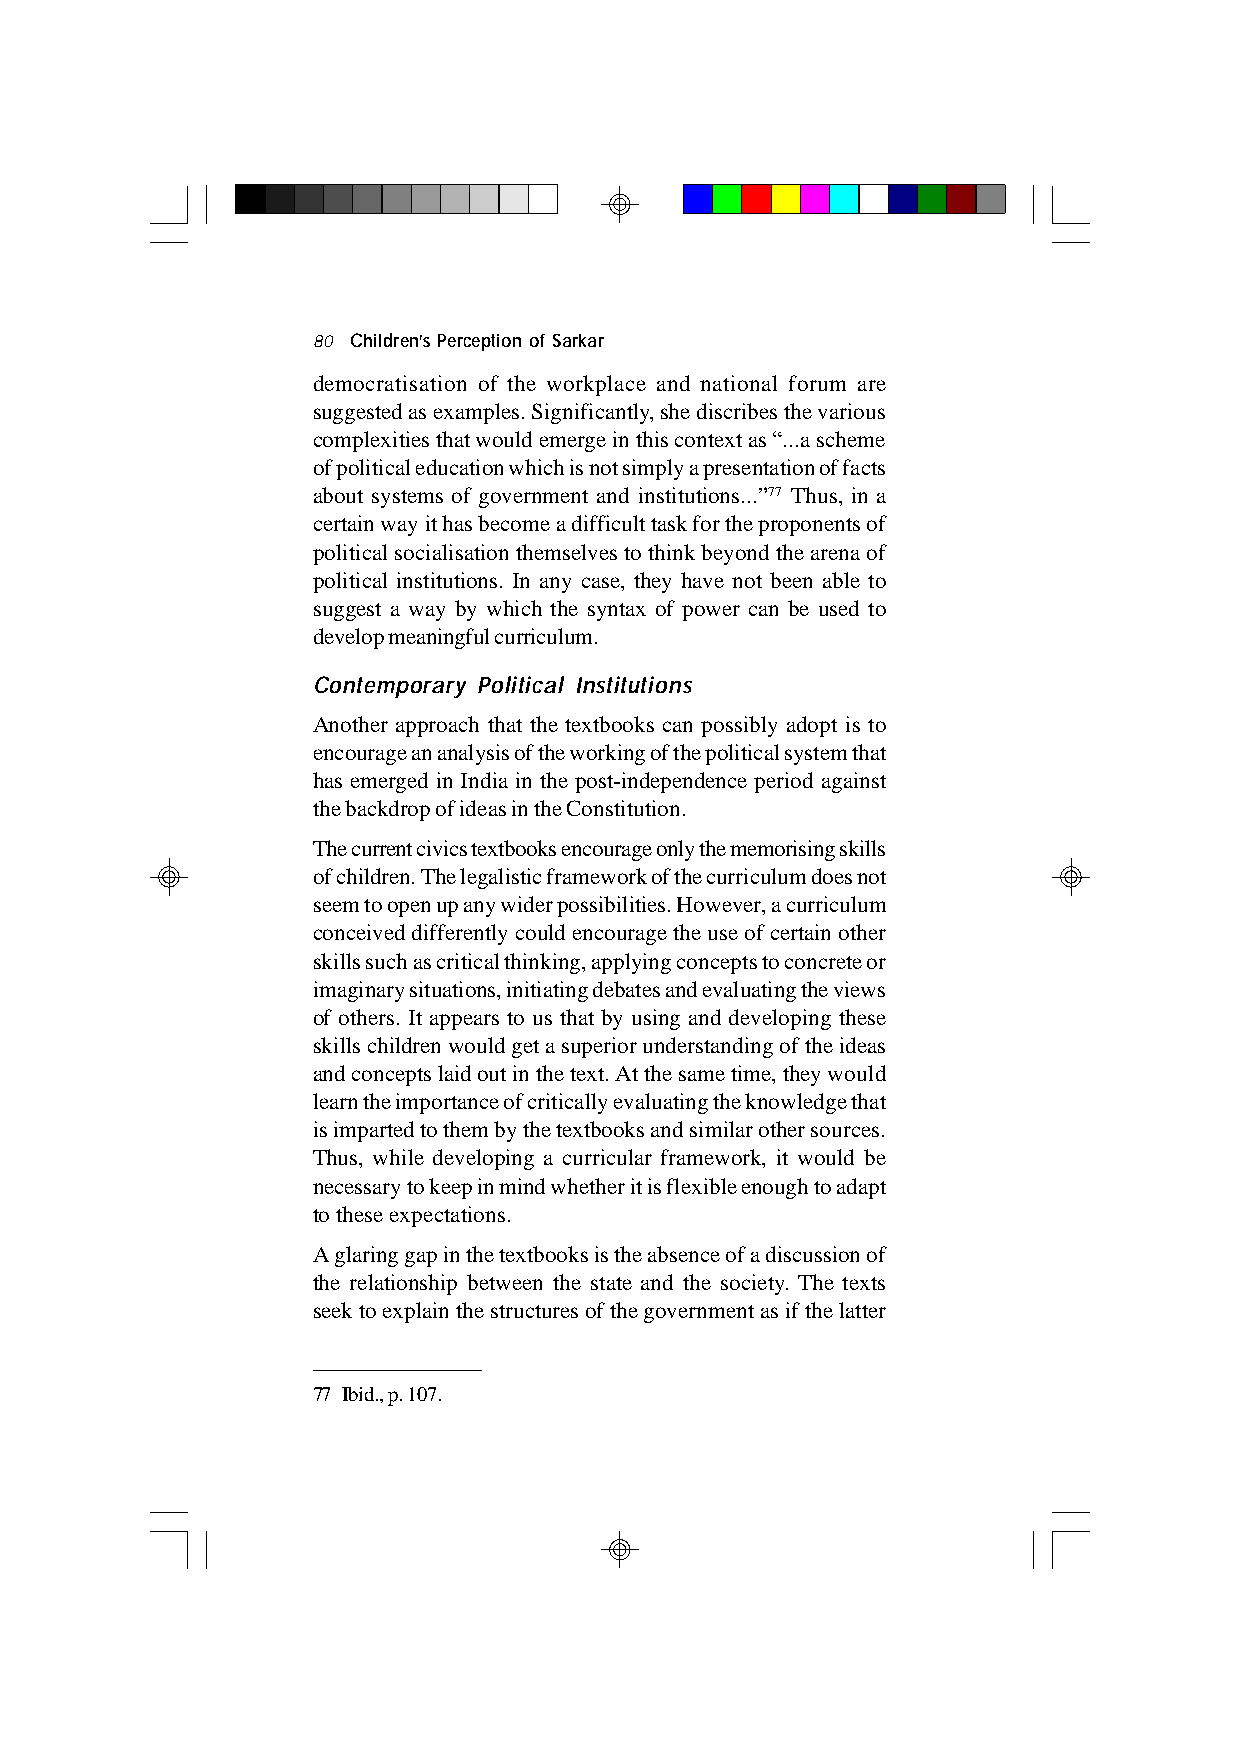
80 Children’s Perception of Sarkar
 democratisation of the workplace and national forum are
 suggested as examples. Significantly, she discribes the various
 complexities that would emerge in this context as “...a scheme
 of political education which is not simply a presentation of facts
 about systems of government and institutions...”77 Thus, in a
 certain way it has become a difficult task for the proponents of
 political socialisation themselves to think beyond the arena of
 political institutions. In any case, they have not been able to
 suggest a way by which the syntax of power can be used to
 develop meaningful curriculum.
 Contemporary Political Institutions
 Another approach that the textbooks can possibly adopt is to
 encourage an analysis of the working of the political system that
 has emerged in India in the post-independence period against
 the backdrop of ideas in the Constitution.
 The current civics textbooks encourage only the memorising skills
 of children. The legalistic framework of the curriculum does not
 seem to open up any wider possibilities. However, a curriculum
 conceived differently could encourage the use of certain other
 skills such as critical thinking, applying concepts to concrete or
 imaginary situations, initiating debates and evaluating the views
 of others. It appears to us that by using and developing these
 skills children would get a superior understanding of the ideas
 and concepts laid out in the text. At the same time, they would
 learn the importance of critically evaluating the knowledge that
 is imparted to them by the textbooks and similar other sources.
 Thus, while developing a curricular framework, it would be
 necessary to keep in mind whether it is flexible enough to adapt
 to these expectations.
 A glaring gap in the textbooks is the absence of a discussion of
 the relationship between the state and the society. The texts
 seek to explain the structures of the government as if the latter
 77 Ibid., p. 107.